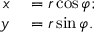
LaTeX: \begin{array} { r l } { x } & { { } = r \cos \varphi ; } \\ { y } & { { } = r \sin \varphi . } \end{array}